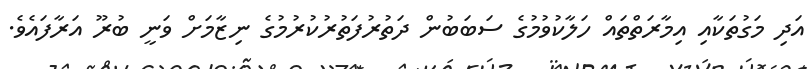
އަދި މަގުތަކާއި އިމާރަތްތައް ހަލާކުވުމުގެ ސަބަބުން ދަތުރުފަތުރުކުރުމުގެ ނިޒާމަށް ވަނީ ބުރޫ އަރާފައެވެ.